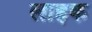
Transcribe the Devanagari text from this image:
लाहक